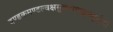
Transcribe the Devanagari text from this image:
दण्डकमण्डल्वक्षसुत्राभयाङ्कचतुर्भुजां